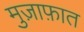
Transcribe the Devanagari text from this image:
मुज़ाफ़ात